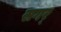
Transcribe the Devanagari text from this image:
सगर्